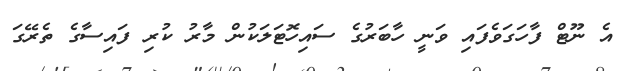
އެ ނޫޓް ފާހަގަވެފައި ވަނީ ހާބަރުގެ ސައިހޮޓަލަކުން މާރު ކުރި ފައިސާގެ ތެރޭގަ